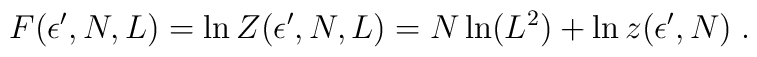
F(\epsilon',N,L) = \ln Z(\epsilon',N,L) = N \ln (L^2) + \ln z(\epsilon',N)\;.